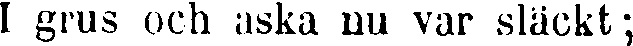
I grus och aska nu var släckt;